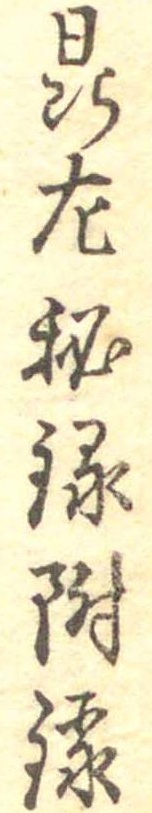
鼎左秘録附録